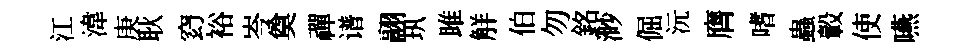
江湋庚耿𥥆裕岑奠禪谱翮㺬雎觧伯勿銘渺倔沅膺嗜蟲轂使嚥